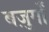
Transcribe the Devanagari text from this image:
बज़ुर्गों